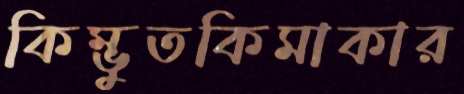
কিম্ভুতকিমাকার